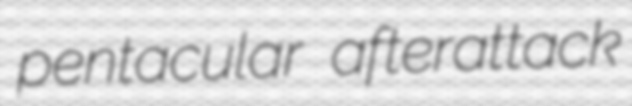
pentacular afterattack